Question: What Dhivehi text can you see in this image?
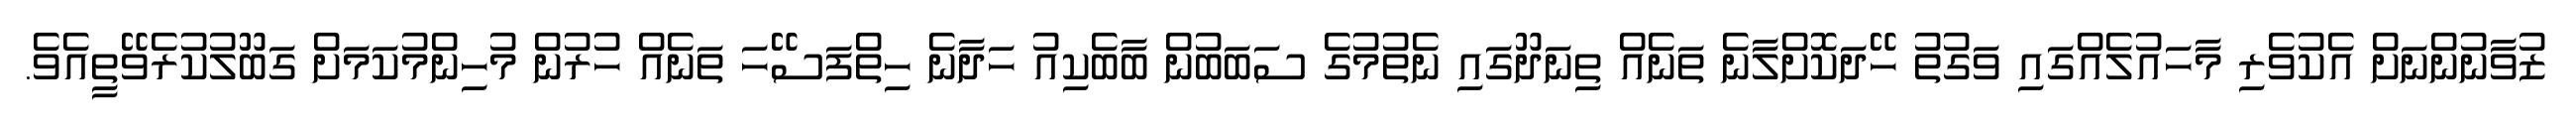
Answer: ޒުވާނުންނަށް އެކުވެރި މާހައުލެއްގައި ވަގުތު ހޭދަކޮށްލާނެ ތަނެއް ތިނަދޫގައި ނެތުމުގެ ސަބަބުން ބާބެކިއު ހަދާނެ ހިތްފަސޭހަ ތަނެއް ހުރުން މުހިންމުކަމަށް ގަބޫލުކުރެވޭތީއެވެ.